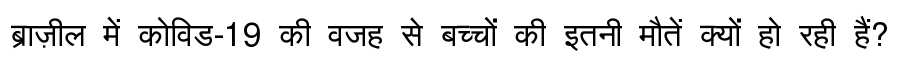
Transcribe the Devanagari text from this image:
ब्राज़ील में कोविड-19 की वजह से बच्चों की इतनी मौतें क्यों हो रही हैं?